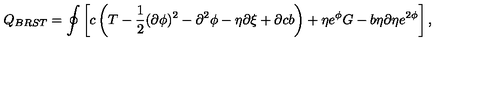
Q _ { B R S T } = \oint \left[ c \left( T - \frac { 1 } { 2 } ( \partial \phi ) ^ { 2 } - \partial ^ { 2 } \phi - \eta \partial \xi + \partial c b \right) + \eta e ^ { \phi } G - b \eta \partial \eta e ^ { 2 \phi } \right] ,